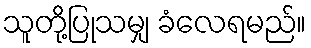
သူတို့ပြုသမျှ ခံလေရမည်။